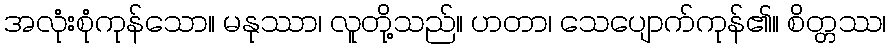
အလုံးစုံကုန်သော။ မနုဿာ၊ လူတို့သည်။ ဟတာ၊ သေပျောက်ကုန်၏။ စိတ္တဿ၊